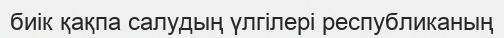
биік қақпа салудың үлгілері республиканың